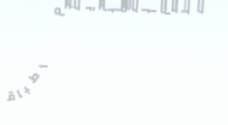
مطعم الفوائد يقدم أطباقاً